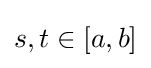
s,t\in [a,b]